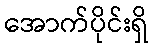
အောက်ပိုင်းရှိ